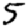
Digit: 5